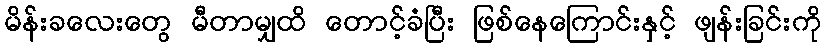
မိန်းခလေးတွေ မီတာမျှထိ တောင့်ခံပြီး ဖြစ်နေကြောင်းနှင့် ဖျန်းခြင်းကို